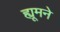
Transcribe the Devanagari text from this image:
ह्यूमने